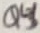
Text: Q4